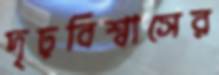
দৃঢ়বিশ্বাসের